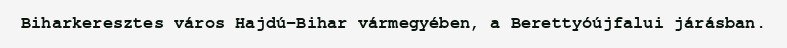
Biharkeresztes város Hajdú-Bihar vármegyében, a Berettyóújfalui járásban.